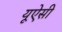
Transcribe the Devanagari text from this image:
यूऐसी